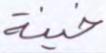
خيفة